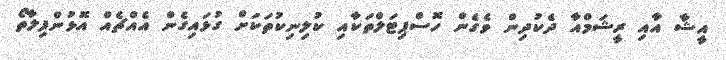
އީޝާ އާއި ރީޝަމްއާ ދެކުދިން ވެގެން ހޮސްޕިޓަލްތަކާއި ކުލިނިކުތަކަށް ގުޅައިގެން އެއްޗެއް އޮޅުންފިލާތޯ